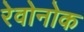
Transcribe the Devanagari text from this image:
रेवोनोक